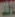
الك